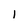
Character: 1